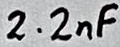
Text: 2.2nF